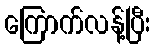
ကြောက်လန့်ပြီး